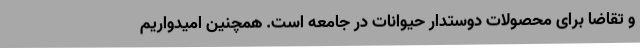
و تقاضا برای محصولات دوستدار حیوانات در جامعه است. همچنین امیدواریم